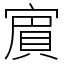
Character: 賔